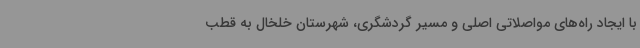
با ایجاد راه‌های مواصلاتی اصلی و مسیر گردشگری، شهرستان خلخال به قطب